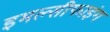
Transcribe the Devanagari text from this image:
इमल्सीफाइंग